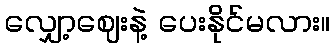
လျှော့ဈေးနဲ့ ပေးနိုင်မလား။